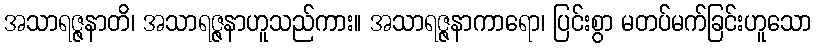
အသာရဇ္ဇနာတိ၊ အသာရဇ္ဇနာဟူသည်ကား။ အသာရဇ္ဇနာကာရော၊ ပြင်းစွာ မတပ်မက်ခြင်းဟူသော